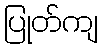
ပြုတ်ကျ